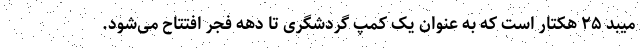
میبد ۲۵ هکتار است که به عنوان یک کمپ گردشگری تا دهه فجر افتتاح می‌شود.